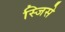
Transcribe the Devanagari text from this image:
स्जिसे